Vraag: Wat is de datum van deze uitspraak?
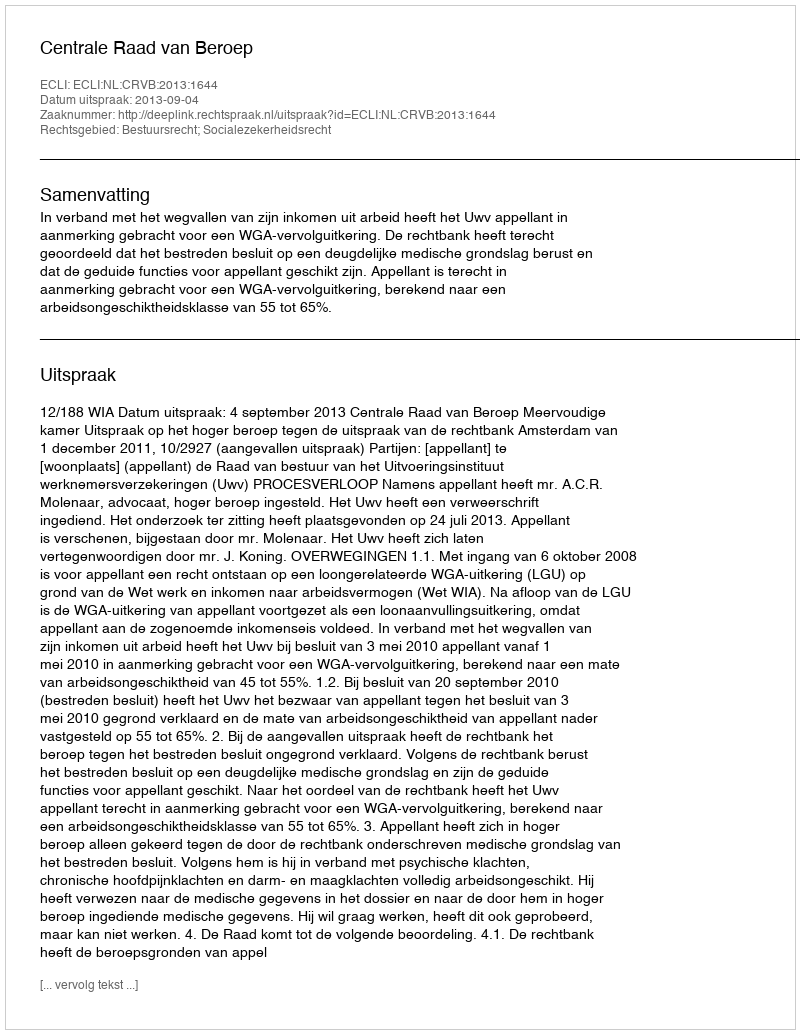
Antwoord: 2013-09-04